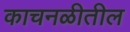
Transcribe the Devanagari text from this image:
काचनळीतील